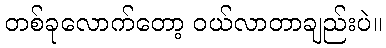
တစ်ခုလောက်တော့ ဝယ်လာတာချည်းပဲ။